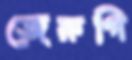
জেরুগি